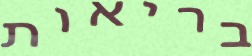
בריאות